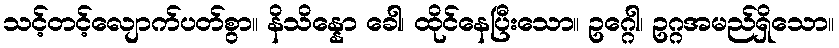
သင့်တင့်လျောက်ပတ်စွာ။ နိသိန္နော ခေါ၊ ထိုင်နေပြီးသော။ ဥဂ္ဂေါ၊ ဥဂ္ဂအမည်ရှိသော။